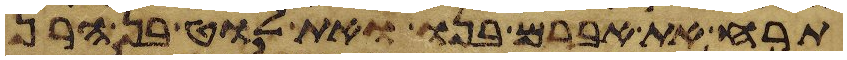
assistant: תרח את אברם בנו ואת לוט בן הרן